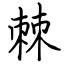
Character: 棘